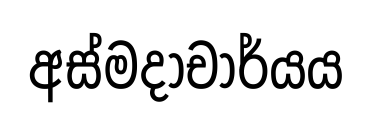
අස්මදාචාර්යය